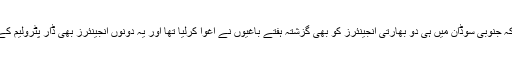
واضح رہے کہ جنوبی سوڈان میں ہی دو بھارتی انجینئرز کو بھی گزشتہ ہفتے باغیوں نے اغوا کرلیا تھا اور یہ دونوں انجینئرز بھی ڈار پٹرولیم کے ملازم تھے۔